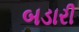
બડારી